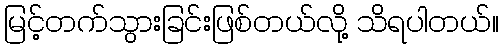
မြင့်တက်သွားခြင်းဖြစ်တယ်လို့ သိရပါတယ်။